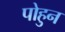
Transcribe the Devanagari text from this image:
पोहुन